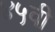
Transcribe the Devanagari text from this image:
४५वी